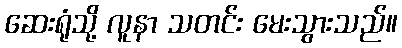
ဆေးရုံသို့ လူနာ သတင်း မေးသွားသည်။